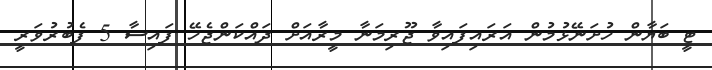
ޓީ ބަޔާން ހުށަނޭޅުމުން އަރައިފައިވާ ޖޫރިމަނާ މީރާއަށް ދައްކަންޖެހޭ ފައިސާ 5 ފެބުރުވަރީ